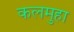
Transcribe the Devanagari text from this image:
कलमुहा